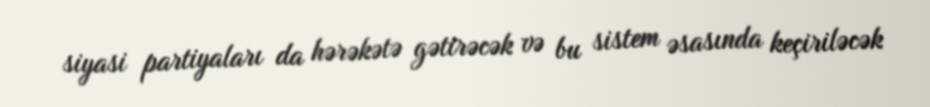
siyasi partiyaları da hərəkətə gətirəcək və bu sistem əsasında keçiriləcək